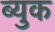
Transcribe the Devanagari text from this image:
ब्युक